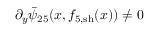
\partial _ { y } \bar { \psi } _ { 2 5 } ( x , f _ { 5 , \mathrm { s h } } ( x ) ) \neq 0